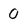
Character: 0